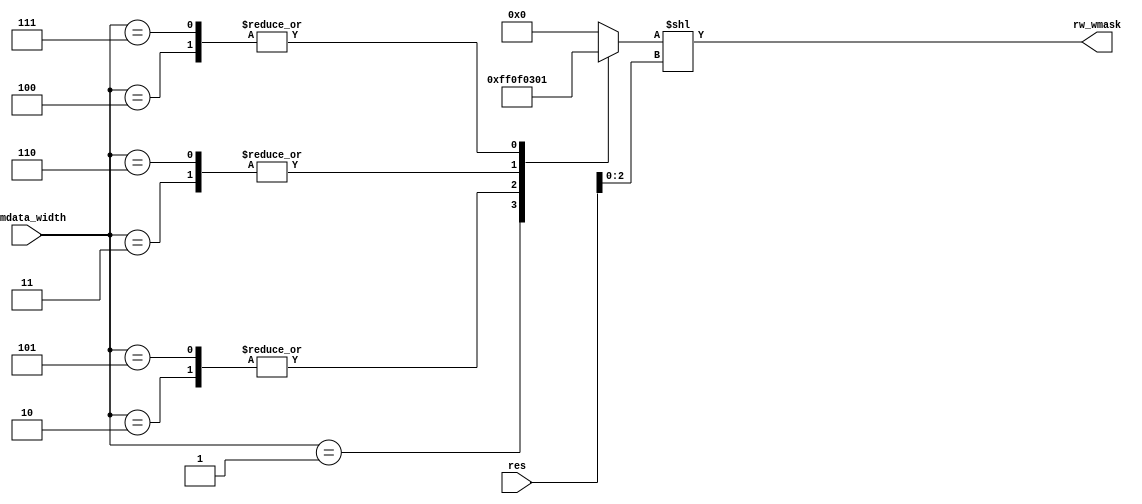
`timescale 1ns/1ps

module Mask_Gen(
    input [63:0] res,
    input [2:0] memdata_width,

    output reg [7:0]rw_wmask
); 
    reg [7:0]rw_wmask1;
    parameter DW = 3'b001,
               W = 3'b010,
              HW = 3'b011,
               B = 3'b100,
              UW = 3'b101,
             UHW = 3'b110,
              UB = 3'b111;
    always @(*)begin
        case(memdata_width)
            DW: rw_wmask1 = 8'hff;
             W: rw_wmask1 = 8'h0f;
            HW: rw_wmask1 = 8'h03;
             B: rw_wmask1 = 8'h01;
            UW: rw_wmask1 = 8'h0f;
           UHW: rw_wmask1 = 8'h03;
            UB: rw_wmask1 = 8'h01;
            default: rw_wmask1 = 0; 
        endcase
        rw_wmask = rw_wmask1 << res[2:0];
    end
endmodule